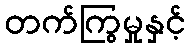
တက်ကြွမှုနှင့်